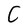
Character: C